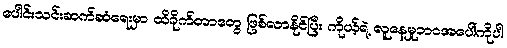
ပေါင်းသင်းဆက်ဆံရေးမှာ ထိခိုက်တာတွေ ဖြစ်လာနိုင်ပြီး ကိုယ့်ရဲ့ လူနေမှုဘဝအပေါ်ကိုပါ